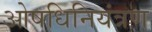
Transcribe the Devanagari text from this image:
ओषधिनियंत्रण